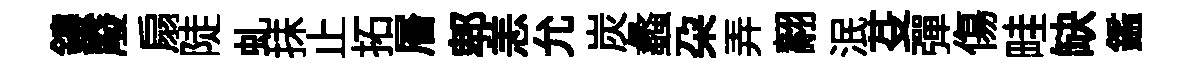
鏤廢扇陡虬抺止拓層郫恙允炭蠡朶弄翿泯芟彈傷畦缺鑑